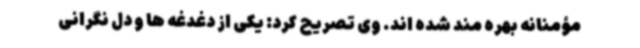
مؤمنانه بهره مند شده اند. وی تصریح کرد: یکی از دغدغه ها و دل نگرانی